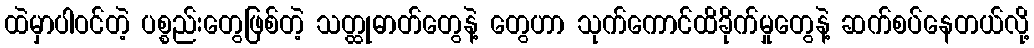
ထဲမှာပါဝင်တဲ့ ပစ္စည်းတွေဖြစ်တဲ့ သတ္ထုဓာတ်တွေနဲ့ တွေဟာ သုက်ကောင်ထိခိုက်မှုတွေနဲ့ ဆက်စပ်နေတယ်လို့